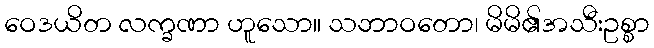
ဝေဒယိတ လက္ခဏာ ဟူသော။ သဘာဝတော၊ မိမိ၏အသီးဥစ္စာ